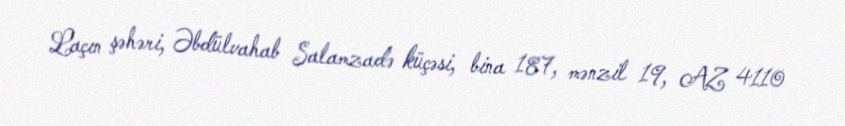
Laçın şəhəri, Əbdülvahab Salamzadə küçəsi, bina 187, mənzil 19, AZ 4110